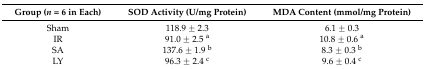
<table><thead><tr><td><b>Group (<i>n</i> = 6 in Each)</b></td><td><b>SOD Activity (U/mg Protein)</b></td><td><b>MDA Content (mmol/mg Protein)</b></td></tr></thead><tbody><tr><td>Sham</td><td>118.9 ± 2.3</td><td>6.1 ± 0.3</td></tr><tr><td>IR</td><td>91.0 ± 2.5 <sup>a</sup></td><td>10.8 ± 0.6 <sup>a</sup></td></tr><tr><td>SA</td><td>137.6 ± 1.9 <sup>b</sup></td><td>8.3 ± 0.3 <sup>b</sup></td></tr><tr><td>LY</td><td>96.3 ± 2.4 <sup>c</sup></td><td>9.6 ± 0.4 <sup>c</sup></td></tr></tbody></table>